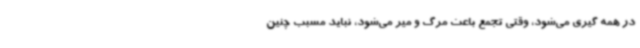
در همه گیری می‌شود، وقتی تجمع باعث مرگ و میر می‌شود، نباید مسبب چنین